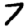
Digit: 7